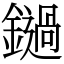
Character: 鐹